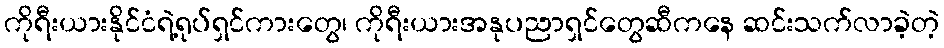
ကိုရီးယားနိုင်ငံရဲ့ရုပ်ရှင်ကားတွေ၊ ကိုရီးယားအနုပညာရှင်တွေဆီကနေ ဆင်းသက်လာခဲ့တဲ့